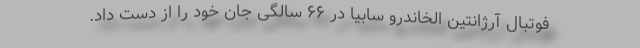
فوتبال آرژانتین الخاندرو سابیا در ۶۶ سالگی جان خود را از دست داد.